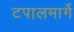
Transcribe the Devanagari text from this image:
टपालमार्गे